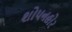
શોપનહોર